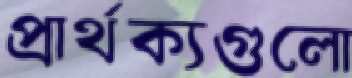
প্রার্থক্যগুলো